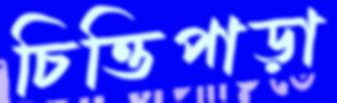
চিত্তিপাড়া